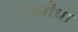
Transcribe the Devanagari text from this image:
बोलींचा